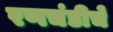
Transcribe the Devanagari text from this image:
रणचंडीचे